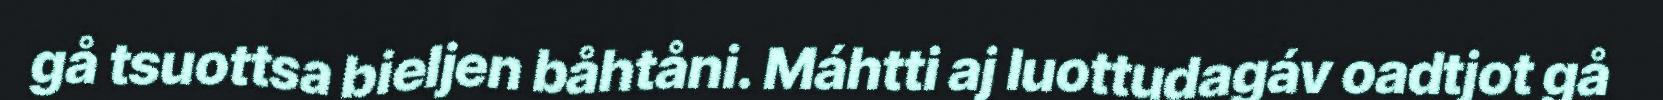
gå tsuottsa bieljen båhtåni. Máhtti aj luottudagáv oadtjot gå